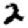
Digit: 2